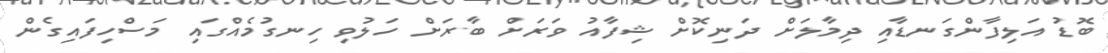
ބޮޑު އަލިފާންގަނޑާއި ދިމާލަށް ދަނިކޮށް ޝިފާއު ވަރަށް ބާރަށް ހަލުވި ހިނގުމެއްގައި މަސްހިފައިގެން